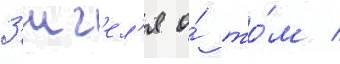
З'иг'ел'я о́ то́м /